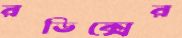
রড্রিক্সের